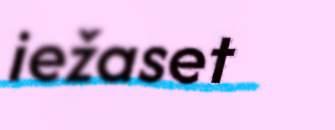
iežaset